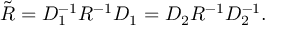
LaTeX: \tilde { R } = D _ { 1 } ^ { - 1 } R ^ { - 1 } D _ { 1 } = D _ { 2 } R ^ { - 1 } D _ { 2 } ^ { - 1 } .